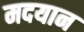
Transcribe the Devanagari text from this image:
मदयान